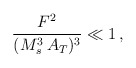
\begin{align*}\frac{F^2}{(M_s^3\,A_T)^3} \ll 1\,,\end{align*}